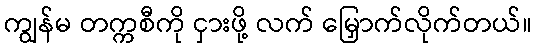
ကျွန်မ တက္ကစီကို ငှားဖို့ လက် မြှောက်လိုက်တယ်။